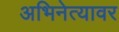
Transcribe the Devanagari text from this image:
अभिनेत्यावर